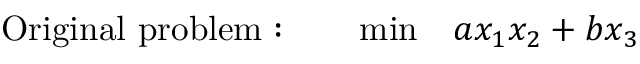
\begin{array} { r l r } { \mathrm { O r i g i n a l \ p r o b l e m : \quad } } & { { } \operatorname* { m i n } } & { a x _ { 1 } x _ { 2 } + b x _ { 3 } } \end{array}